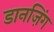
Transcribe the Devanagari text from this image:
डानज़िंग